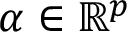
\boldsymbol { \alpha } \in \mathbb { R } ^ { p }